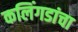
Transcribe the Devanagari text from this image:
कलिंगडांचा